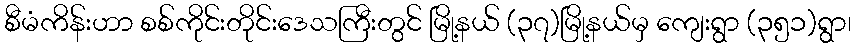
စီမံကိန်းဟာ စစ်ကိုင်းတိုင်းဒေသကြီးတွင် မြို့နယ် (၃၇)မြို့နယ်မှ ကျေးရွာ (၃၅၁)ရွာ၊